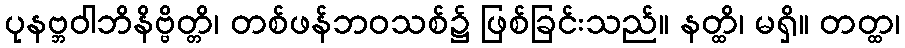
ပုနဗ္ဘဝါဘိနိဗ္ဗိတ္တိ၊ တစ်ဖန်ဘဝသစ်၌ ဖြစ်ခြင်းသည်။ နတ္ထိ၊ မရှိ။ တတ္ထ၊